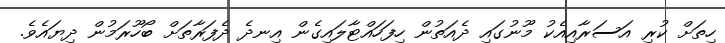
ހިތަށް ކުރި އަސަރާއިއެކު މޫނުގައި ދެއަތުން ހިފަހައްޓާލައިގެން އިނދެ ދެފަރާތަށް ބޯހޫރަމުން ދިޔައެވެ.